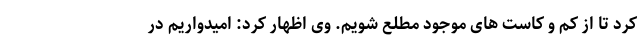
کرد تا از کم و کاست های موجود مطلع شویم. وی اظهار کرد: امیدواریم در